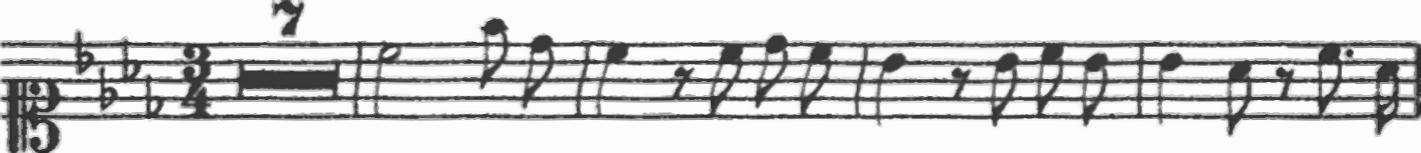
Transcription: clef-C1 keySignature-AbM timeSignature-3/4 multirest-7 barline note-C5_half note-F5_eighth note-Db5_eighth barline note-C5_quarter rest-eighth note-C5_eighth note-Db5_eighth note-C5_eighth barline note-Bb4_quarter rest-eighth note-Bb4_eighth note-C5_eighth note-Bb4_eighth barline note-Bb4_quarter note-Ab4_eighth rest-eighth note-C5_eighth. note-Ab4_sixteenth barline